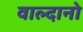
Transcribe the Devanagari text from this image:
वाल्दानो